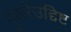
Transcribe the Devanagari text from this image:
दुसरेउद्दिष्ट